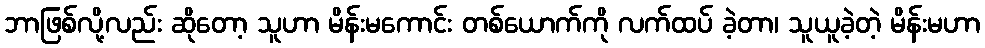
ဘာဖြစ်လို့လည်း ဆိုတော့ သူဟာ မိန်းမကောင်း တစ်ယောက်ကို လက်ထပ် ခဲ့တာ၊ သူယူခဲ့တဲ့ မိန်းမဟာ